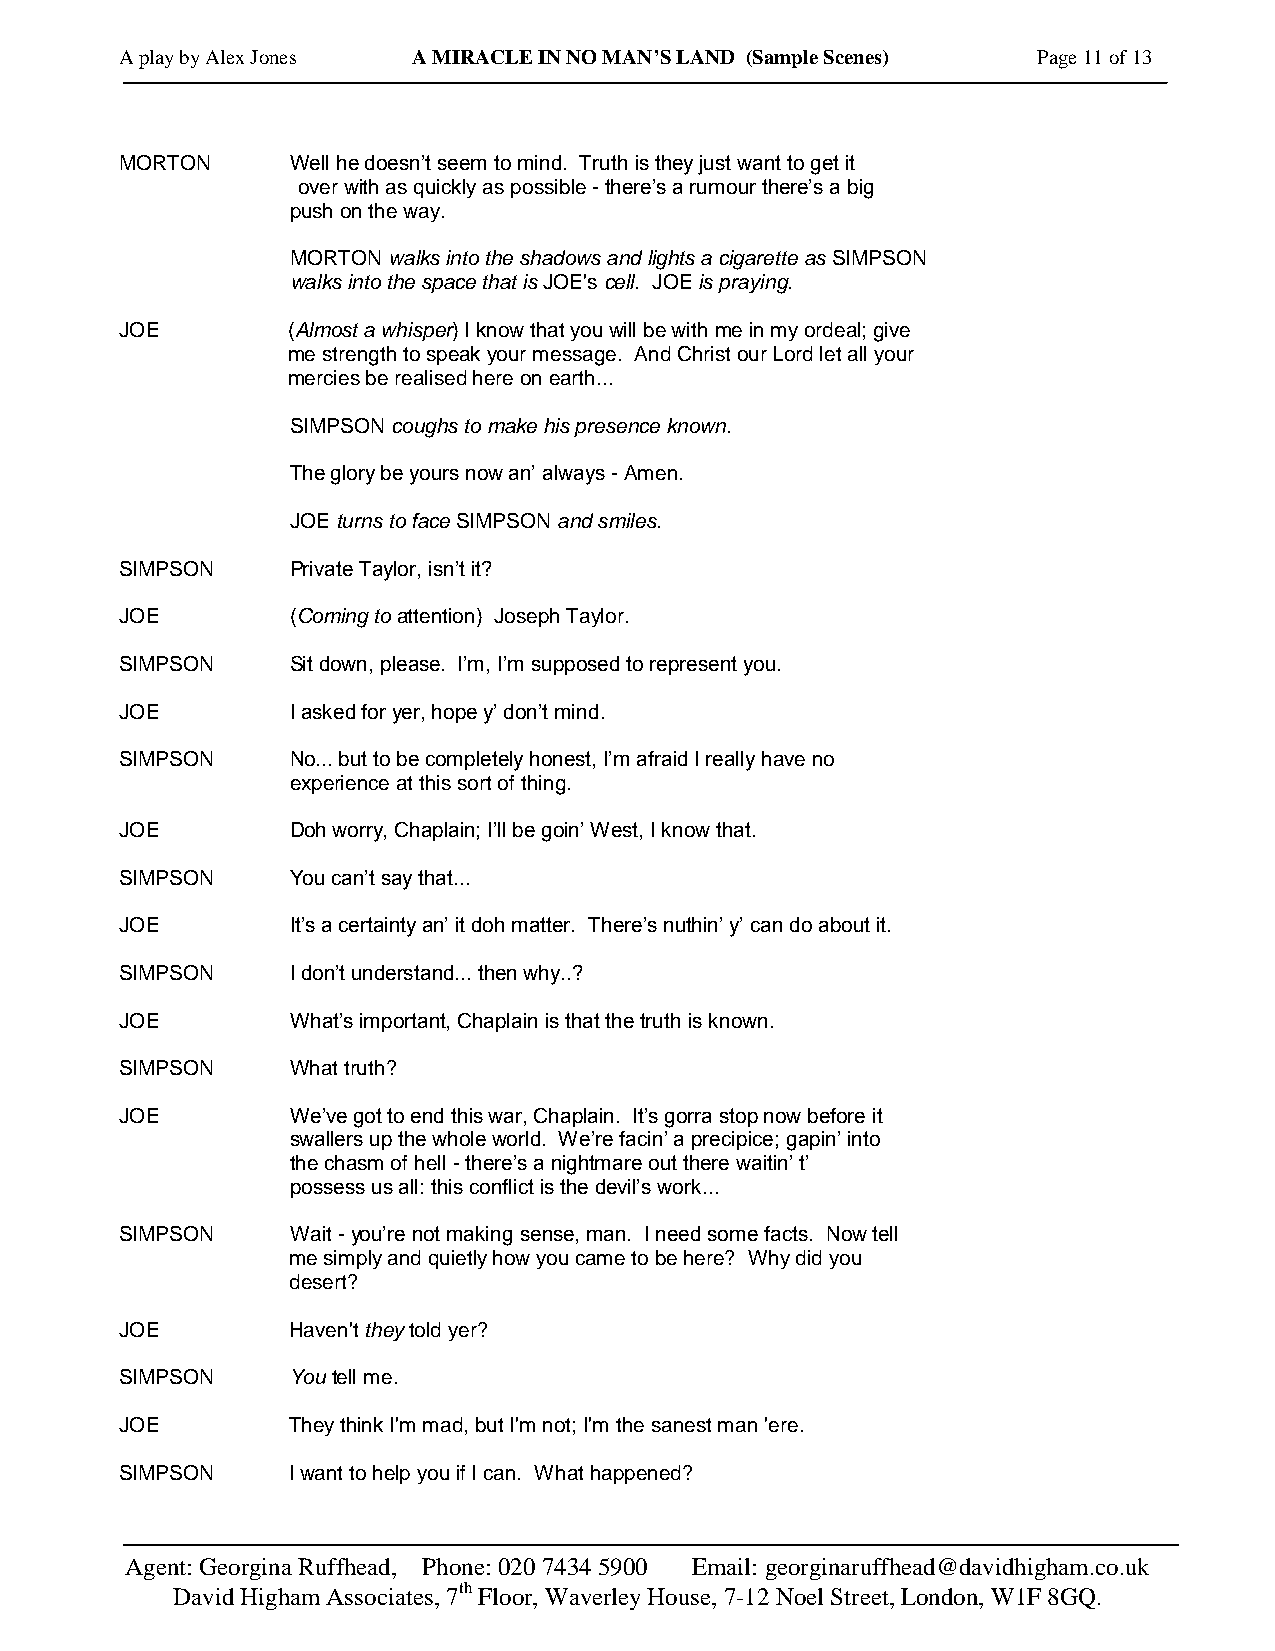
A play by Alex Jones A MIRACLE IN NO MAN’S LAND (Sample Scenes) Page 11 of 13
 MORTON     Well he doesn’t seem to mind. Truth is they just want to get it
 over with as quickly as possible - there’s a rumour there’s a big
 push on the way.
 MORTON walks into the shadows and lights a cigarette as SIMPSON
 walks into the space that is JOE's cell. JOE is praying.
 JOE        (Almost a whisper) I know that you will be with me in my ordeal; give
 me strength to speak your message. And Christ our Lord let all your
 mercies be realised here on earth...
 SIMPSON coughs to make his presence known.
 The glory be yours now an’ always - Amen.
 JOE turns to face SIMPSON and smiles.
 SIMPSON    Private Taylor, isn’t it?
 JOE        (Coming to attention) Joseph Taylor.
 SIMPSON    Sit down, please. I’m, I’m supposed to represent you.
 JOE        I asked for yer, hope y’ don’t mind.
 SIMPSON    No... but to be completely honest, I’m afraid I really have no
 experience at this sort of thing.
 JOE        Doh worry, Chaplain; I’ll be goin’ West, I know that.
 SIMPSON    You can’t say that...
 JOE        It’s a certainty an’ it doh matter. There’s nuthin’ y’ can do about it.
 SIMPSON    I don’t understand... then why..?
 JOE        What’s important, Chaplain is that the truth is known.
 SIMPSON    What truth?
 JOE        We’ve got to end this war, Chaplain. It’s gorra stop now before it
 swallers up the whole world. We’re facin’ a precipice; gapin’ into
 the chasm of hell - there’s a nightmare out there waitin’ t’
 possess us all: this conflict is the devil’s work...
 SIMPSON    Wait - you’re not making sense, man. I need some facts. Now tell
 me simply and quietly how you came to be here? Why did you
 desert?
 JOE        Haven't they told yer?
 SIMPSON    You tell me.
 JOE        They think I'm mad, but I'm not; I'm the sanest man 'ere.
 SIMPSON    I want to help you if I can. What happened?
 Agent: Georgina Ruffhead, Phone: 020 7434 5900 Email: georginaruffhead@davidhigham.co.uk
 David Higham Associates, 7th Floor, Waverley House, 7-12 Noel Street, London, W1F 8GQ.